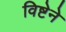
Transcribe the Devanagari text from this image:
विष्टेने